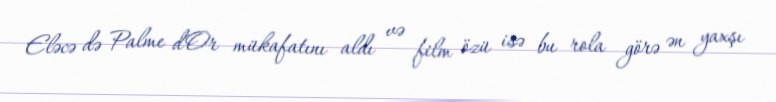
Eləcə də Palme d'Or mükafatını aldı və film özü isə bu rola görə ən yaxşı